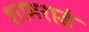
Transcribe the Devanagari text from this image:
शामराई